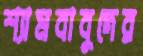
শ্যামবাবুদের